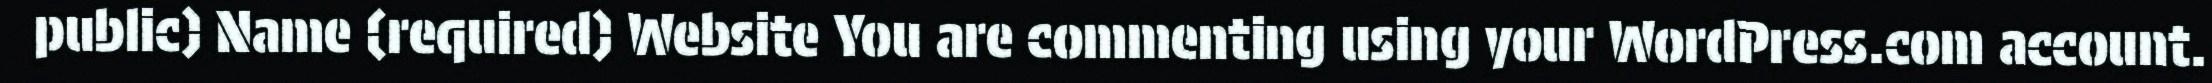
public) Name (required) Website You are commenting using your WordPress.com account.